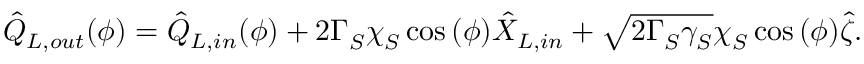
\hat { Q } _ { L , o u t } ^ { } ( \phi ) = \hat { Q } _ { L , i n } ^ { } ( \phi ) + 2 \Gamma _ { S } ^ { } \chi _ { S } ^ { } \cos { ( \phi ) } \hat { X } _ { L , i n } ^ { } + \sqrt { 2 \Gamma _ { S } ^ { } \gamma _ { S } ^ { } } \chi _ { S } ^ { } \cos { ( \phi ) } \hat { \zeta } .